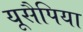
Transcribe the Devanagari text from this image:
यूसैपिया